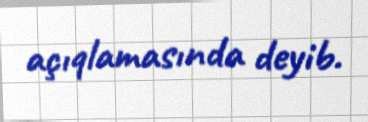
açıqlamasında deyib.